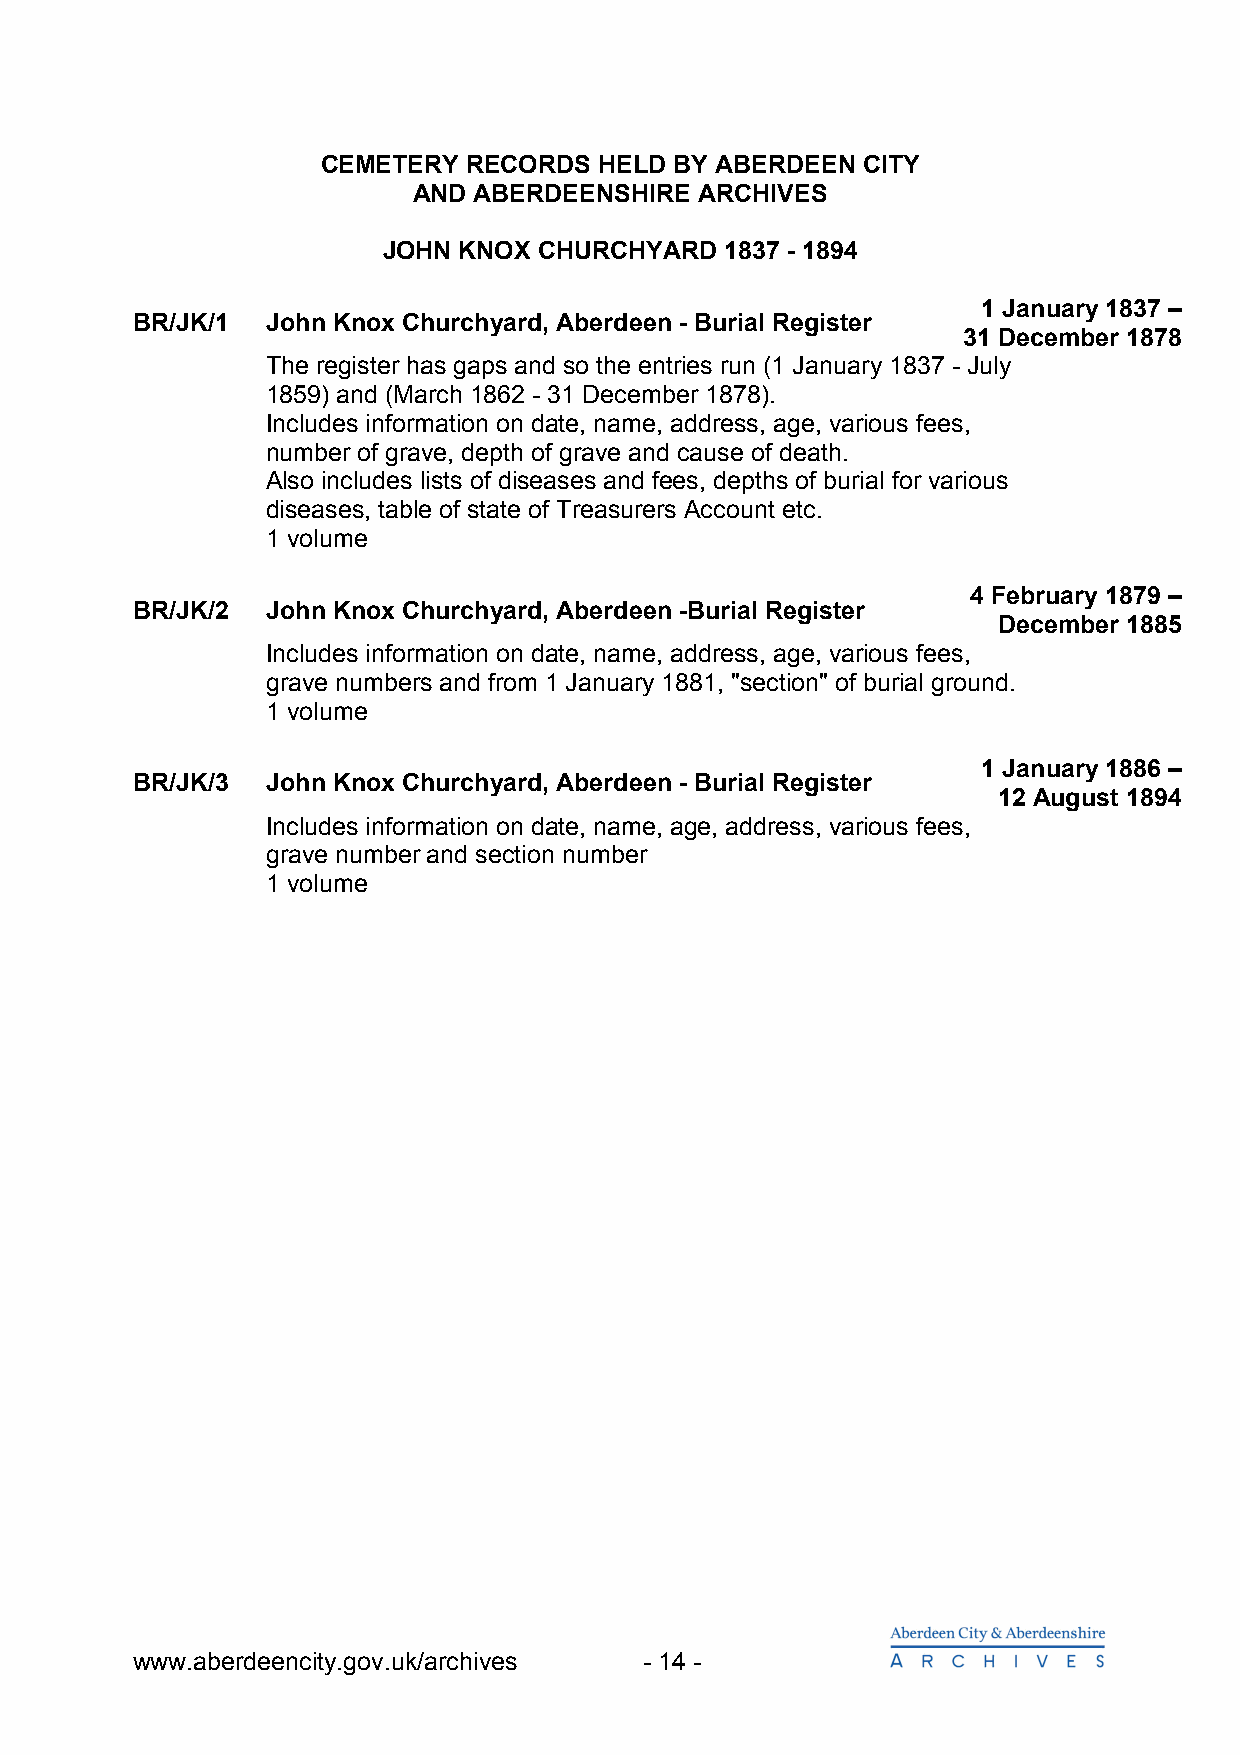
CEMETERY  RECORDS  HELD BY ABERDEEN CITY
 AND ABERDEENSHIRE  ARCHIVES
 JOHN KNOX  CHURCHYARD  1837 - 1894
 1 January 1837 –
 BR/JK/1  John Knox Churchyard, Aberdeen - Burial Register
 31 December 1878
 The register has gaps and so the entries run (1 January 1837 - July
 1859) and (March 1862 - 31 December 1878).
 Includes information on date, name, address, age, various fees,
 number of grave, depth of grave and cause of death.
 Also includes lists of diseases and fees, depths of burial for various
 diseases, table of state of Treasurers Account etc.
 1 volume
 4 February 1879 –
 BR/JK/2  John Knox Churchyard, Aberdeen -Burial Register
 December 1885
 Includes information on date, name, address, age, various fees,
 grave numbers and from 1 January 1881, "section" of burial ground.
 1 volume
 1 January 1886 –
 BR/JK/3  John Knox Churchyard, Aberdeen - Burial Register
 12 August 1894
 Includes information on date, name, age, address, various fees,
 grave number and section number
 1 volume
 www.aberdeencity.gov.uk/archives  - 14 -